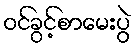
ဝင်ခွင့်စာမေးပွဲ